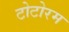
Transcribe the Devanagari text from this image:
टोटोरम